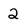
Character: 2